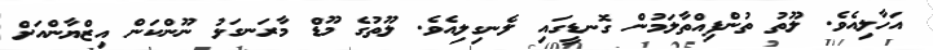
އަހާލިއެވެ. ލޫތު ތުންފިއްތާލަމުން ގޮނޑީގައި ލެނގިލިއެވެ. ލޫތުގެ މޫޑް މާރަނގަޅު ނޫންކަން އިޒްޔާންއަށް